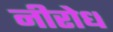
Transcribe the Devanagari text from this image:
नीरोध